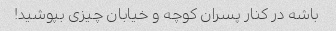
باشه در کنار پسران کوچه و خیابان چیزی بپوشید!